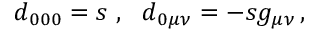
d _ { 0 0 0 } = s \ , \ \ d _ { 0 \mu \nu } = - s g _ { \mu \nu } \, ,